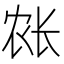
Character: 𲈥